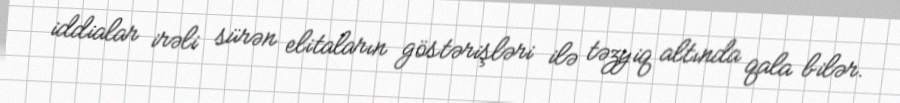
iddialar irəli sürən elitaların göstərişləri ilə təzyiq altında qala bilər.